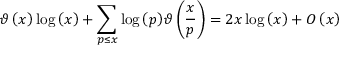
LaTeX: \vartheta \left( x \right) \log \left( x \right) + \sum _ { p \leq x } { \log \left( p \right) } \vartheta \left( { \frac { x } { p } } \right) = 2 x \log \left( x \right) + O \left( x \right)